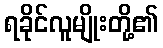
ရခိုင်လူမျိုးတို့၏